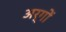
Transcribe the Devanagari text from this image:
अर्गों